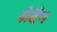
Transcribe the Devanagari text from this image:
ग्रेदैन